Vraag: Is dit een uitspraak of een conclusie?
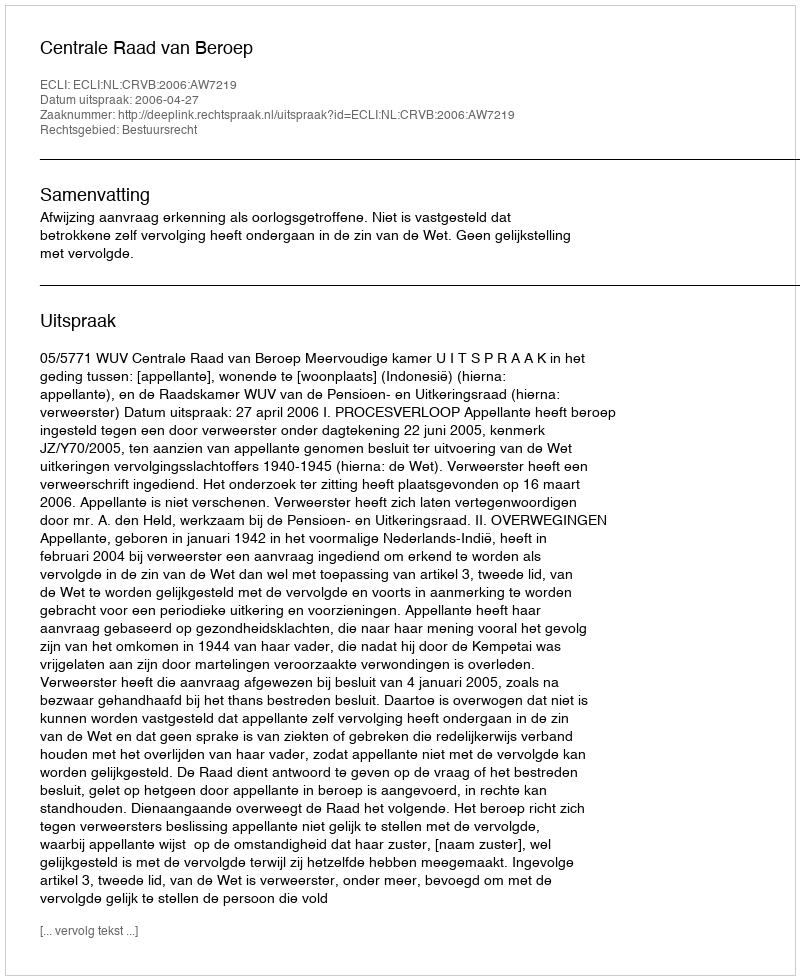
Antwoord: Uitspraak